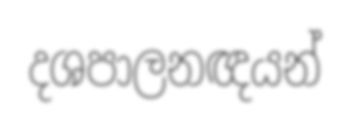
දශපාලනඥයන්